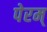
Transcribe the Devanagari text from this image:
पेरम्